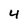
Character: 4